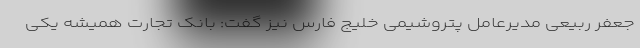
جعفر ربیعی مدیرعامل پتروشیمی خلیج فارس نیز گفت: بانک تجارت همیشه یکی